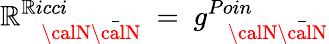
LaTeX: \mathbb{R}_{~~~~{{\calN}}{\bar{{{\calN}}}}}^{\mathbb{R}icci}~=~g_{~~~~{{\calN}}{{\bar{{\calN}}}}}^{Poin}